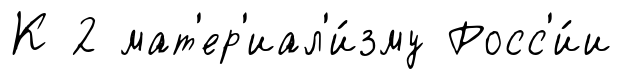
К 2 мат'ер'иал'и́зму Росс'и́и